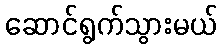
ဆောင်ရွက်သွားမယ်